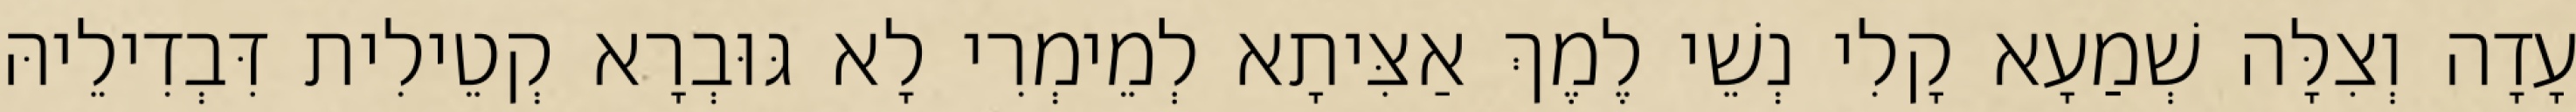
עָדָה וְצִלָּה שְׁמַעָא קָלִי נְשֵׁי לֶמֶךְ אַצִּיתָא לְמֵימְרִי לָא גּוּבְרָא קְטֵילִית דִּבְדִילֵיהּ